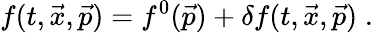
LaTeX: f(t,\vec{x},\vec{p})=f^{0}(\vec{p})+\delta f(t,\vec{x},\vec{p})\; .